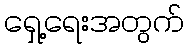
ရှေ့ရေးအတွက်